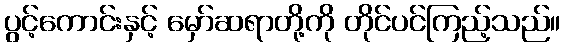
ပွင့်ကောင်းနှင့် မှော်ဆရာတို့ကို တိုင်ပင်ကြည့်သည်။